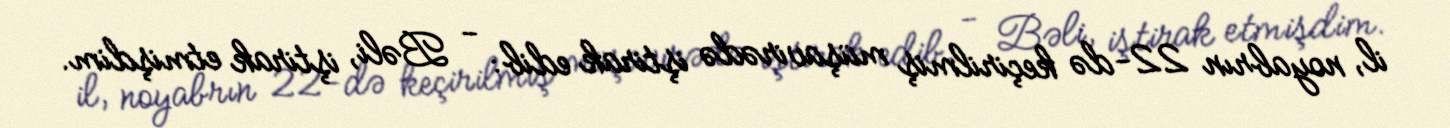
il, noyabrın 22-də keçirilmiş müşavirədə iştirak edib: - Bəli, iştirak etmişdim.